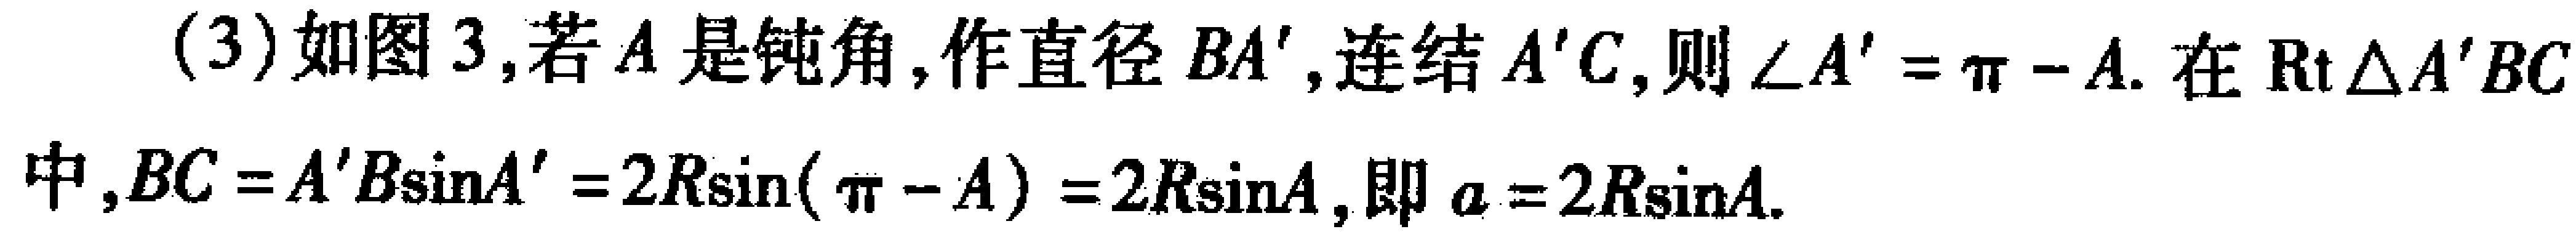
(3) 如图 3, 若 \(A\) 是钝角, 作直径 \(BA'\), 连结 \(A'C\), 则 \(\angle A'=\pi - A\). 在 \(\mathrm{Rt}\triangle A'BC\) 中, \(BC = A'B\sin A'=2R\sin(\pi - A)=2R\sin A\), 即 \(a = 2R\sin A\).